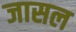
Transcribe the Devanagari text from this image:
जासल